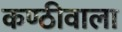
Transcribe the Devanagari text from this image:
कण्ठीवाला